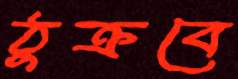
ঠুক্‌রবে